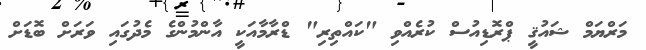
މަރްޔަމް ޝައުޤީ ޕްރޮޑިއުސް ކުރެއްވި "ކައްތިރި" ޑްރާމާއަކީ އާންމުންގެ މެދުގައި ވަރަށް ބޮޑަށް